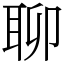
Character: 聊